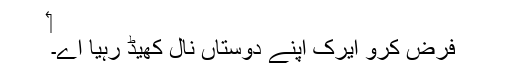
‏
فرض کرو ایرک اپنے دوستاں نال کھیڈ رہیا اے۔